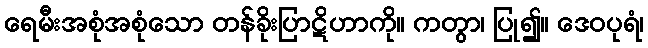
ရေမီးအစုံအစုံသော တန်ခိုးပြာဋိဟာကို။ ကတွာ၊ ပြု၍။ ဒေဝပုရံ၊